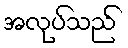
အလုပ်သည်